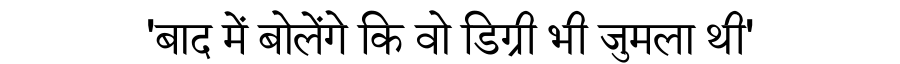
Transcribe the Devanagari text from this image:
'बाद में बोलेंगे कि वो डिग्री भी जुमला थी'